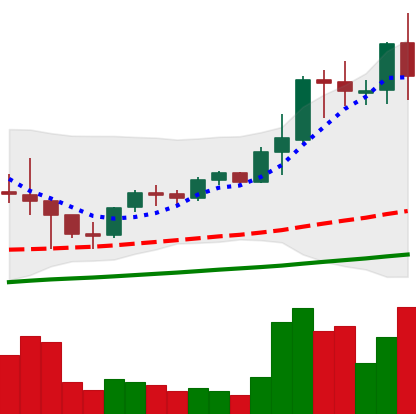
Ticker: LTC-USD
Chart end date: 2021-05-10
Forward return: -16.574%
Label: down_7plus